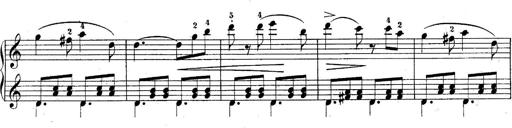
Title: 10 Sonatines progressives
Composer: Anton Schmoll